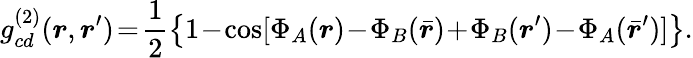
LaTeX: g_{cd}^{(2)}(\boldsymbol{r},\boldsymbol{r}^{\prime})\! =\! \frac{1}{2}\left\{ 1\! -\! \cos[\Phi_{A}(\boldsymbol{r})\! -\! \Phi_{B}(\bar{\boldsymbol{r}})\! +\! \Phi_{B}(\boldsymbol{r}^{\prime})\! -\! \Phi_{A}(\bar{\boldsymbol{r}}^{\prime})]\right\} .